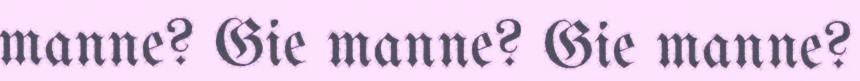
manne? Gie manne? Gie manne?